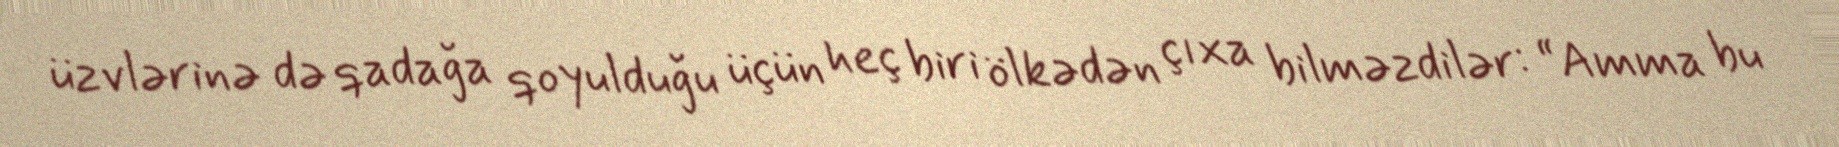
üzvlərinə də qadağa qoyulduğu üçün heç biri ölkədən çıxa bilməzdilər: “Amma bu